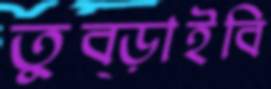
তুব্‌ড়াইবি